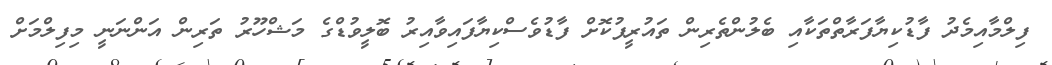
ފިލްމާއިމެދު ފާޑުކިޔާފަރާތްތަކާއި ބެލުންތެރިން ތައުރީފުކޮށް ފާޑުވެސްކިޔާފައިވާއިރު ބޮލީވުޑްގެ މަޝްހޫރު ތަރިން އަންނަނީ މިިފިލްމަށް